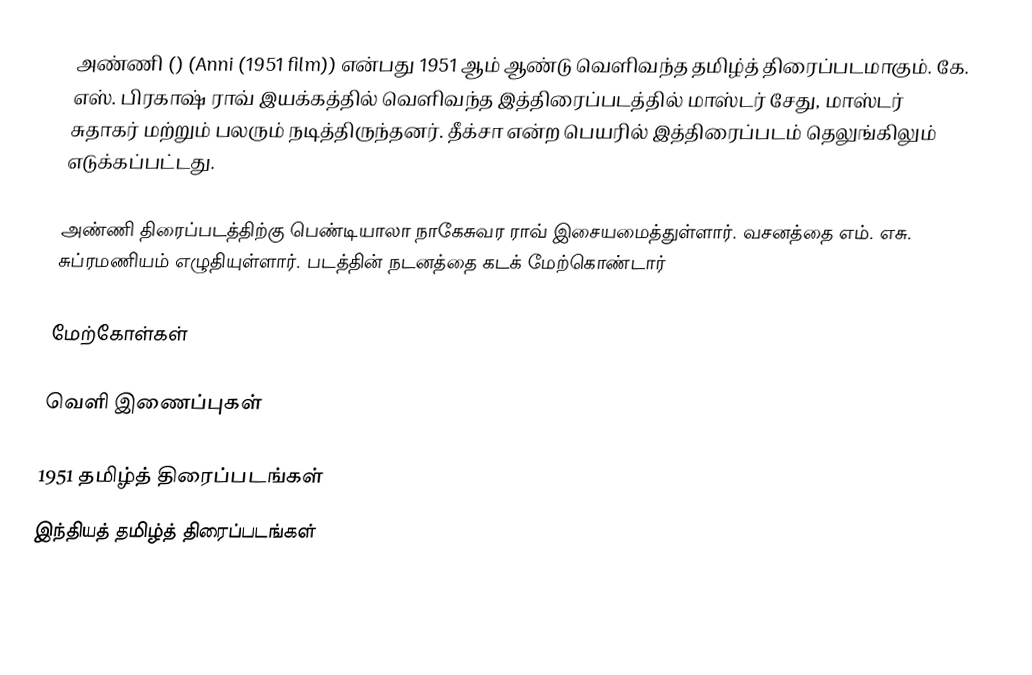
அண்ணி () (Anni (1951 film)) என்பது 1951 ஆம் ஆண்டு வெளிவந்த தமிழ்த் திரைப்படமாகும். கே. எஸ். பிரகாஷ் ராவ் இயக்கத்தில் வெளிவந்த இத்திரைப்படத்தில் மாஸ்டர் சேது, மாஸ்டர் சுதாகர்  மற்றும் பலரும் நடித்திருந்தனர். தீக்சா என்ற பெயரில் இத்திரைப்படம் தெலுங்கிலும் எடுக்கப்பட்டது.

அண்ணி திரைப்படத்திற்கு பெண்டியாலா நாகேசுவர ராவ் இசையமைத்துள்ளார். வசனத்தை எம். எசு. சுப்ரமணியம் எழுதியுள்ளார். படத்தின் நடனத்தை கடக் மேற்கொண்டார்

மேற்கோள்கள்

வெளி இணைப்புகள்

1951 தமிழ்த் திரைப்படங்கள்
இந்தியத் தமிழ்த் திரைப்படங்கள்